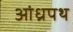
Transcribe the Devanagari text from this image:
आंध्रपथ